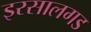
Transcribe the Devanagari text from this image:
इरसालगड